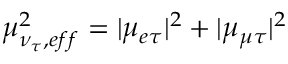
\mu _ { \nu _ { \tau } , e f f } ^ { 2 } = | { \mu } _ { e \tau } | ^ { 2 } + | { \mu } _ { \mu \tau } | ^ { 2 }